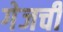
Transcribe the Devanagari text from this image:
गेजची